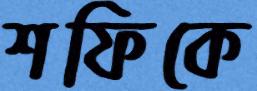
শফিকে